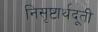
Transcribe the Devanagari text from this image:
निसृष्टार्थदूती